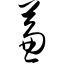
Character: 兼